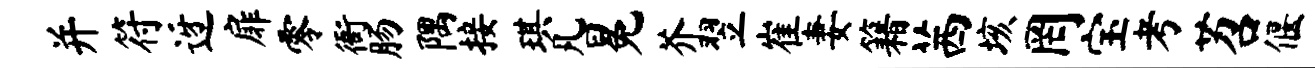
并符迓扉零衙肠隅接琪凡冕芥翌崔妻籍茜垓罔宝考苕偃